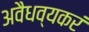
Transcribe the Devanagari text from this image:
अवैधव्यकरं